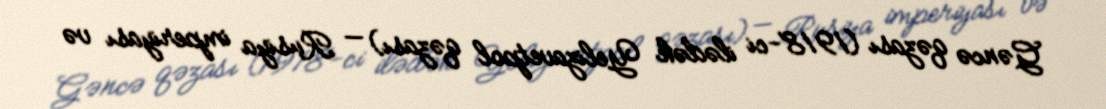
Gəncə qəzası (1918-ci ilədək Yelizavetpol qəzası) — Rusiya imperiyası və